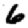
Digit: 6